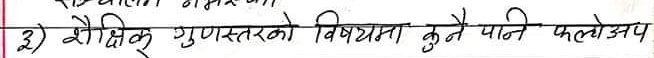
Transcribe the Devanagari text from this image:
३) शैक्षिक गुणस्तरको विषयमा कुनै पानी फलोअए